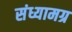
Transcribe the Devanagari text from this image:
संध्यामग्र